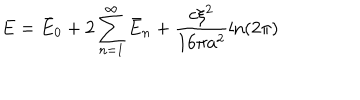
LaTeX: E = \bar { E } _ { 0 } + 2 \sum _ { n = 1 } ^ { \infty } \bar { E } _ { n } + \frac { c \xi ^ { 2 } } { 1 6 \pi a ^ { 2 } } \ln ( 2 \pi )